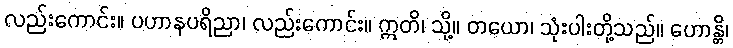
လည်းကောင်း။ ပဟာနပရိညာ၊ လည်းကောင်း။ ဣတိ၊ သို့။ တယော၊ သုံးပါးတို့သည်။ ဟောန္တိ၊